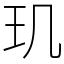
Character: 玑